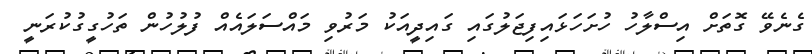
ގެނެވޭ ގޮތަށް އިސްލާހު ހުށަހަޅައިފިޖަލުގައި ގައިދީއަކު މަރުވި މައްސަލައެއް ފުލުހުން ތަހުގީގުކުރަނީ